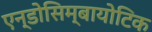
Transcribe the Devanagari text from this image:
एन्डोसिम्बायोटिक